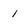
Character: 1